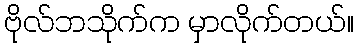
ဗိုလ်ဘသိုက်က မှာလိုက်တယ်။